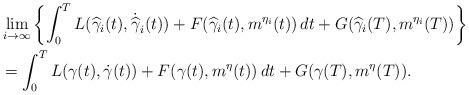
LaTeX: \begin{align*}& \lim_{i\rightarrow \infty}\left\{ \int_0^TL(\widehat{\gamma}_i(t),\dot{\widehat{\gamma}}_i(t))+F(\widehat{\gamma}_i(t),m^{\eta_i}(t))\,dt+G(\widehat{\gamma}_i(T),m^{\eta_i}(T))\right\}\\ &=\int_0^TL(\gamma(t),\dot{\gamma}(t))+F(\gamma(t),m^\eta(t))\,dt+G(\gamma(T),m^\eta(T)). \end{align*}